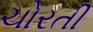
ચોરતી